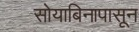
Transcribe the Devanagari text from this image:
सोयाबिनापासून